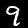
Label: 9